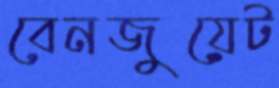
বেনজুয়েট